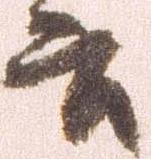
書